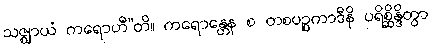
သဇ္ဈာယံ ကရောဟီ”တိ။ ကရောန္တေန စ တစပဉ္စကာဒီနိ ပရိစ္ဆိန္ဒိတွာ